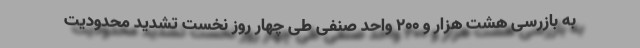
به بازرسی هشت هزار و ۲۰۰ واحد صنفی طی چهار روز نخست تشدید محدودیت